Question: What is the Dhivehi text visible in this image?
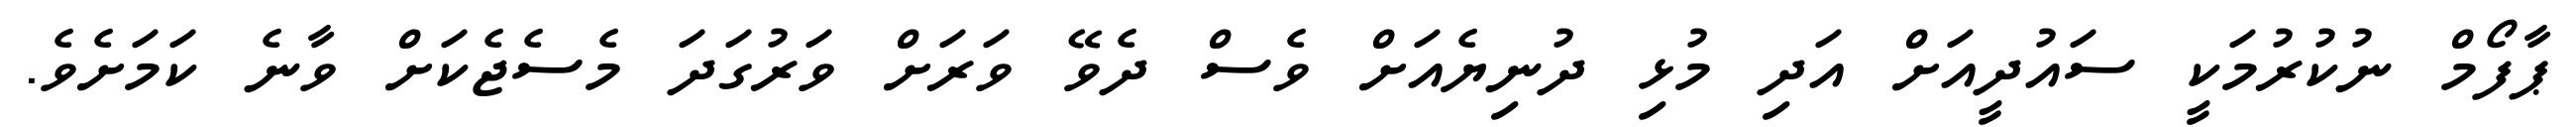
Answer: ޕާފޯމް ނުކުރުމަކީ ސައުދީއަށް އަދި މުޅި ދުނިޔެއަށް ވެސް ދެވޭ ވަރަށް ވަރުގަދަ މެސެޖެކަށް ވާނެ ކަމަށެވެ.